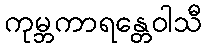
ကုမ္ဘကာရန္တေဝါသီ